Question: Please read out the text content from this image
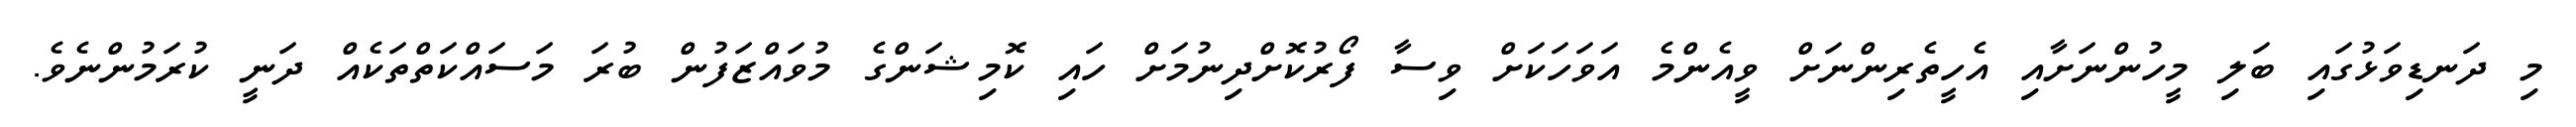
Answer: މި ދަނޑިވަޅުގައި ބަލި މީހުންނަށާއި އެހީތެރިންނަށް ވީއެންމެ އަވަހަކަށް ވިސާ ފޯރުކޮށްދިނުމަށް ހައި ކޮމިޝަންގެ މުވައްޒަފުން ބުރަ މަސައްކަތްތަކެއް ދަނީ ކުރަމުންނެވެ.